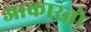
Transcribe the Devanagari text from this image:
आकारतो